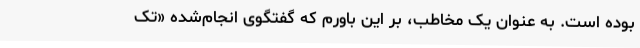
بوده است. به عنوان یک مخاطب، بر این باورم که گفتگوی انجام‌شده «تک